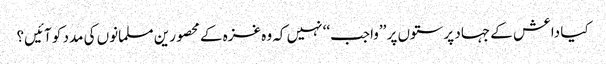
کیا داعش کے جہاد پرستوں پر ’’واجب‘‘ نہیں کہ وہ غزہ کے محصورین مسلمانوں کی مدد کو آئیں؟